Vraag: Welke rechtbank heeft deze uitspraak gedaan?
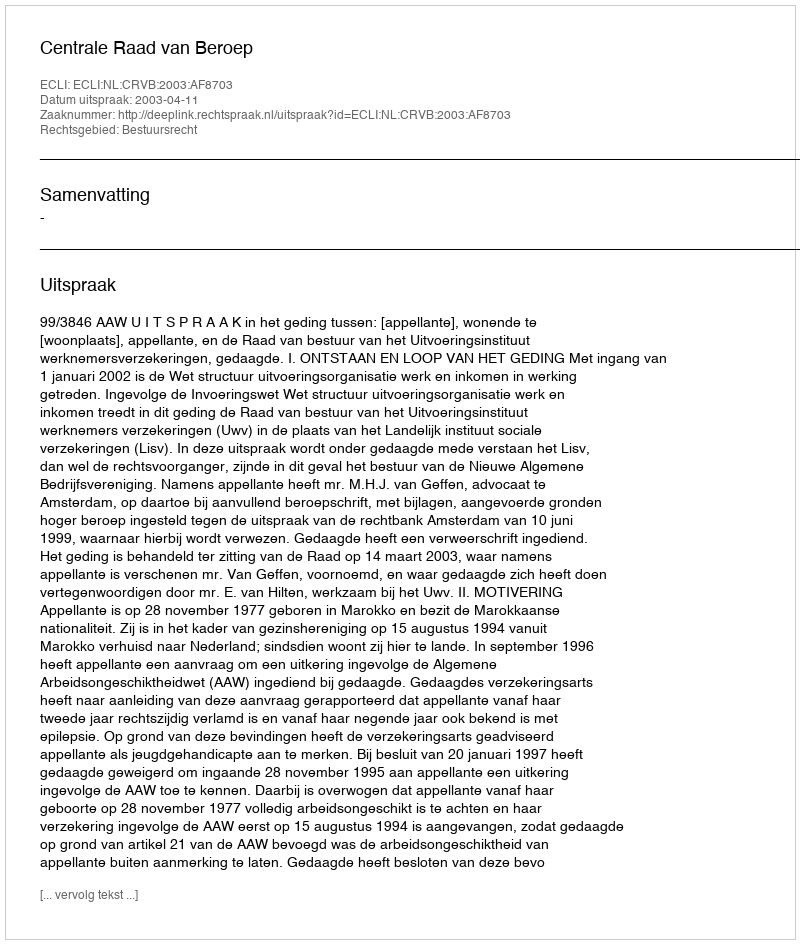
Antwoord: Centrale Raad van Beroep